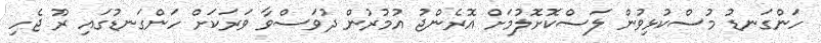
ހަންގަނޑު މުސްކުޅިވުން ލަސްކޮށޮލުމަށް އޮރެންޖު އުމުރުން ދުވަސްވާ ވަރަކަށް ހަންގަނޑުގައި ރޫ ޖެހި